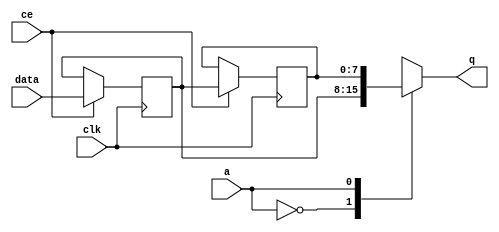
// ==============================================================
// File generated by Vivado(TM) HLS - High-Level Synthesis from C, C++ and SystemC
// Version: 2015.3
// Copyright (C) 2015 Xilinx Inc. All rights reserved.
// 
// ==============================================================


`timescale 1 ns / 1 ps

module FIFO_hls_target_linebuffer_1_in_stream_V_value_V_shiftReg (
    clk,
    data,
    ce,
    a,
    q);

parameter DATA_WIDTH = 32'd8;
parameter ADDR_WIDTH = 32'd1;
parameter DEPTH = 32'd2;

input clk;
input [DATA_WIDTH-1:0] data;
input ce;
input [ADDR_WIDTH-1:0] a;
output [DATA_WIDTH-1:0] q;

reg[DATA_WIDTH-1:0] SRL_SIG [0:DEPTH-1];
integer i;

always @ (posedge clk)
    begin
        if (ce)
        begin
            for (i=0;i<DEPTH-1;i=i+1)
                SRL_SIG[i+1] <= SRL_SIG[i];
            SRL_SIG[0] <= data;
        end
    end

assign q = SRL_SIG[a];

endmodule

module FIFO_hls_target_linebuffer_1_in_stream_V_value_V (
    clk,
    reset,
    if_empty_n,
    if_read_ce,
    if_read,
    if_dout,
    if_full_n,
    if_write_ce,
    if_write,
    if_din);

parameter MEM_STYLE = "auto";
parameter DATA_WIDTH = 32'd8;
parameter ADDR_WIDTH = 32'd1;
parameter DEPTH = 32'd2;

input clk;
input reset;
output if_empty_n;
input if_read_ce;
input if_read;
output[DATA_WIDTH - 1:0] if_dout;
output if_full_n;
input if_write_ce;
input if_write;
input[DATA_WIDTH - 1:0] if_din;

wire[ADDR_WIDTH - 1:0] shiftReg_addr ;
wire[DATA_WIDTH - 1:0] shiftReg_data, shiftReg_q;
reg[ADDR_WIDTH:0] mOutPtr = {(ADDR_WIDTH+1){1'b1}};
reg internal_empty_n = 0, internal_full_n = 1;

assign if_empty_n = internal_empty_n;
assign if_full_n = internal_full_n;
assign shiftReg_data = if_din;
assign if_dout = shiftReg_q;

always @ (posedge clk) begin
    if (reset == 1'b1)
    begin
        mOutPtr <= ~{ADDR_WIDTH+1{1'b0}};
        internal_empty_n <= 1'b0;
        internal_full_n <= 1'b1;
    end
    else begin
        if (((if_read & if_read_ce) == 1 & internal_empty_n == 1) && 
            ((if_write & if_write_ce) == 0 | internal_full_n == 0))
        begin
            mOutPtr <= mOutPtr -1;
            if (mOutPtr == 0)
                internal_empty_n <= 1'b0;
            internal_full_n <= 1'b1;
        end 
        else if (((if_read & if_read_ce) == 0 | internal_empty_n == 0) && 
            ((if_write & if_write_ce) == 1 & internal_full_n == 1))
        begin
            mOutPtr <= mOutPtr +1;
            internal_empty_n <= 1'b1;
            if (mOutPtr == DEPTH-2)
                internal_full_n <= 1'b0;
        end 
    end
end

assign shiftReg_addr = mOutPtr[ADDR_WIDTH] == 1'b0 ? mOutPtr[ADDR_WIDTH-1:0]:{ADDR_WIDTH{1'b0}};
assign shiftReg_ce = (if_write & if_write_ce) & internal_full_n;

FIFO_hls_target_linebuffer_1_in_stream_V_value_V_shiftReg 
#(
    .DATA_WIDTH(DATA_WIDTH),
    .ADDR_WIDTH(ADDR_WIDTH),
    .DEPTH(DEPTH))
U_FIFO_hls_target_linebuffer_1_in_stream_V_value_V_ram (
    .clk(clk),
    .data(shiftReg_data),
    .ce(shiftReg_ce),
    .a(shiftReg_addr),
    .q(shiftReg_q));

endmodule